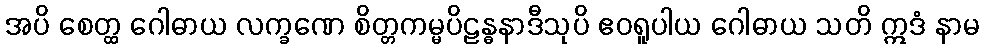
အပိ စေတ္ထ ဂေါဓာယ လက္ခဏေ စိတ္တကမ္မပိဠန္ဓနာဒီသုပိ ဧဝရူပါယ ဂေါဓာယ သတိ ဣဒံ နာမ